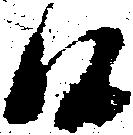
候